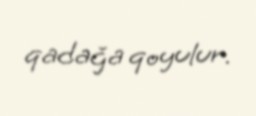
qadağa qoyulur.